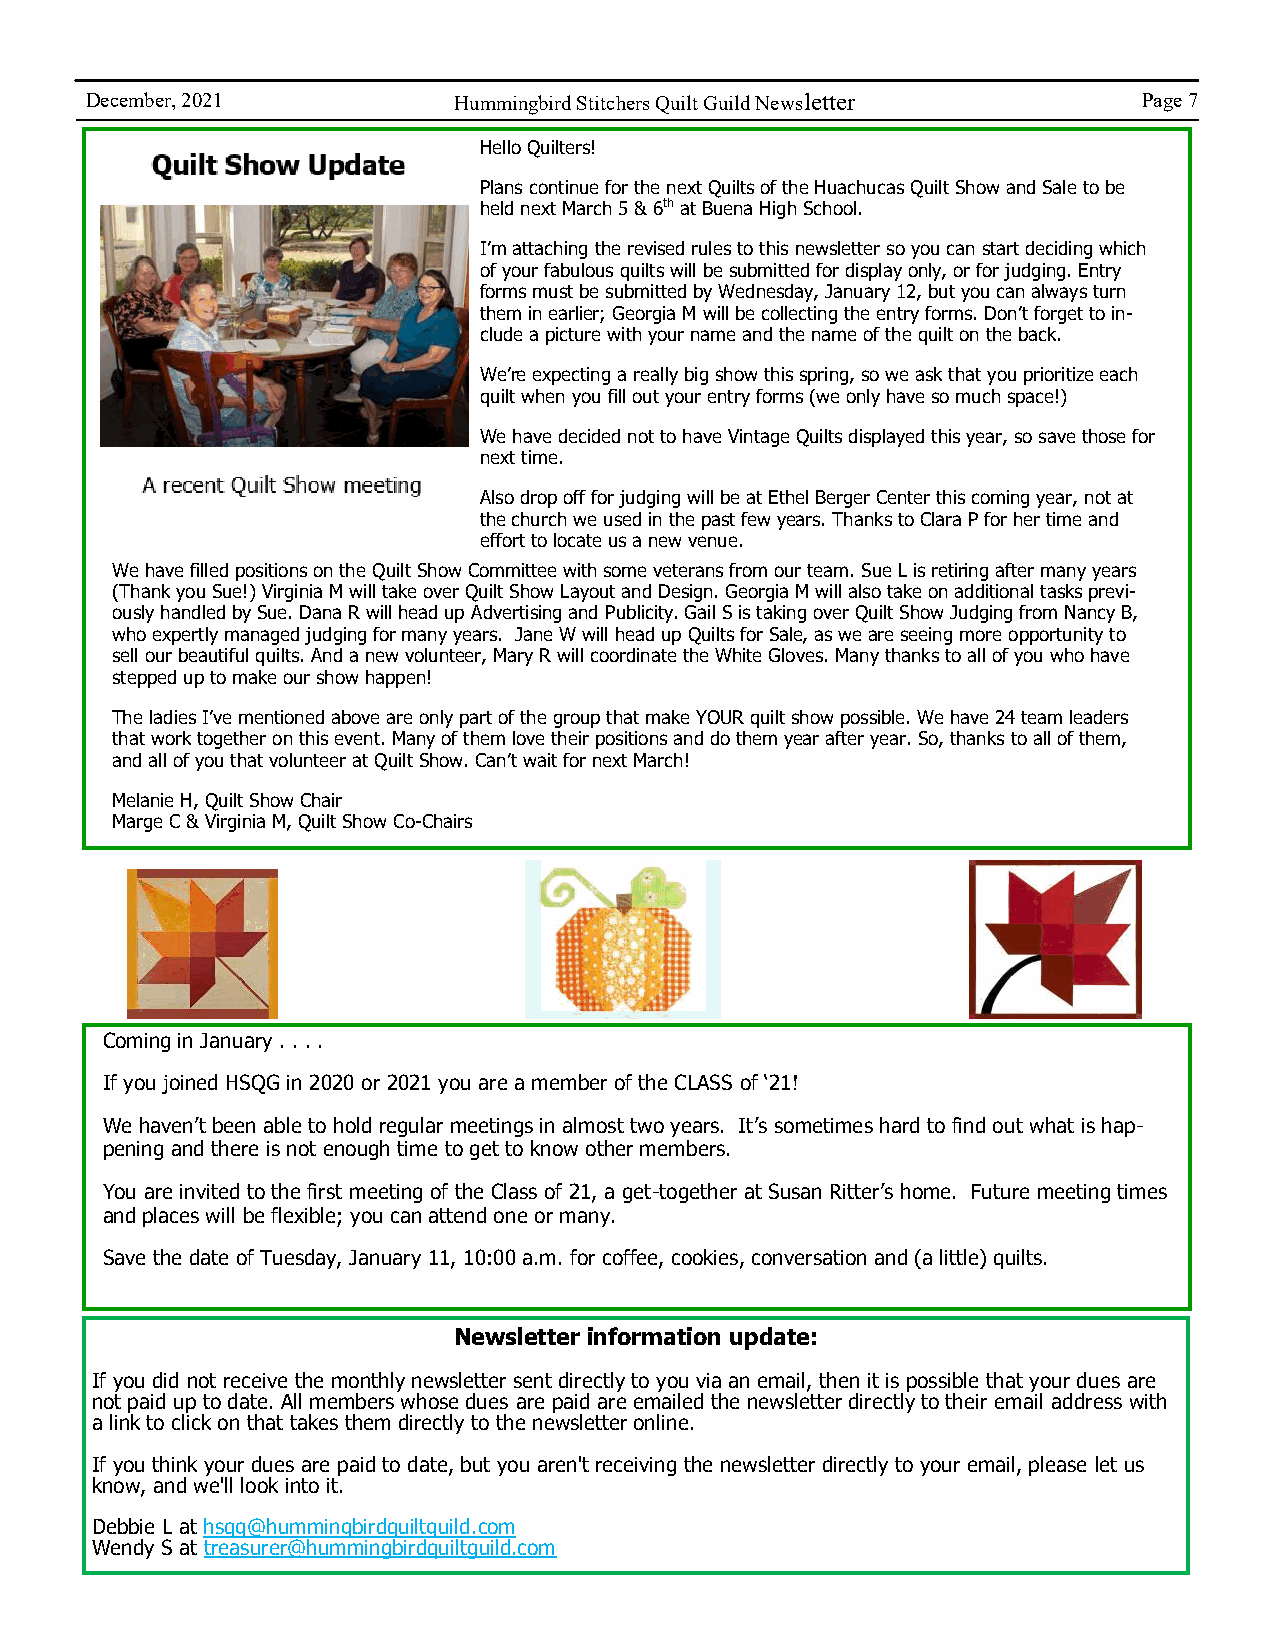
December, 2021          Hummingbird Stitchers Quilt Guild Newsletter  Page 7
 Hello Quilters!
 Plans continue for the next Quilts of the Huachucas Quilt Show and Sale to be
 held next March 5 & 6th at Buena High School.
 I’m attaching the revised rules to this newsletter so you can start deciding which
 of your fabulous quilts will be submitted for display only, or for judging. Entry
 forms must be submitted by Wednesday, January 12, but you can always turn
 them in earlier; Georgia M will be collecting the entry forms. Don’t forget to in-
 clude a picture with your name and the name of the quilt on the back.
 We’re expecting a really big show this spring, so we ask that you prioritize each
 quilt when you fill out your entry forms (we only have so much space!)
 We have decided not to have Vintage Quilts displayed this year, so save those for
 next time.
 Also drop off for judging will be at Ethel Berger Center this coming year, not at
 the church we used in the past few years. Thanks to Clara P for her time and
 effort to locate us a new venue.
 We have filled positions on the Quilt Show Committee with some veterans from our team. Sue L is retiring after many years
 (Thank you Sue!) Virginia M will take over Quilt Show Layout and Design. Georgia M will also take on additional tasks previ-
 ously handled by Sue. Dana R will head up Advertising and Publicity. Gail S is taking over Quilt Show Judging from Nancy B,
 who expertly managed judging for many years. Jane W will head up Quilts for Sale, as we are seeing more opportunity to
 sell our beautiful quilts. And a new volunteer, Mary R will coordinate the White Gloves. Many thanks to all of you who have
 stepped up to make our show happen!
 The ladies I’ve mentioned above are only part of the group that make YOUR quilt show possible. We have 24 team leaders
 that work together on this event. Many of them love their positions and do them year after year. So, thanks to all of them,
 and all of you that volunteer at Quilt Show. Can’t wait for next March!
 Melanie H, Quilt Show Chair
 Marge C & Virginia M, Quilt Show Co-Chairs
 Coming in January . . . .
 If you joined HSQG in 2020 or 2021 you are a member of the CLASS of ‘21!
 We haven’t been able to hold regular meetings in almost two years. It’s sometimes hard to find out what is hap-
 pening and there is not enough time to get to know other members.
 You are invited to the first meeting of the Class of 21, a get-together at Susan Ritter’s home. Future meeting times
 and places will be flexible; you can attend one or many.
 Save the date of Tuesday, January 11, 10:00 a.m. for coffee, cookies, conversation and (a little) quilts.
 Newsletter information update:
 If you did not receive the monthly newsletter sent directly to you via an email, then it is possible that your dues are
 not paid up to date. All members whose dues are paid are emailed the newsletter directly to their email address with
 a link to click on that takes them directly to the newsletter online.
 If you think your dues are paid to date, but you aren't receiving the newsletter directly to your email, please let us
 know, and we'll look into it.
 Debbie L at hsqg@hummingbirdquiltguild.com
 Wendy S at treasurer@hummingbirdquiltguild.com